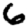
Digit: 6